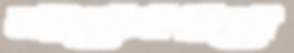
সামেনগানে